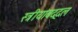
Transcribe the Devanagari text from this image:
स्त्रीयांबद्दल